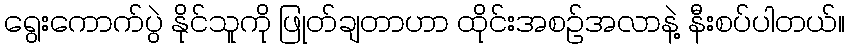
ရွေးကောက်ပွဲ နိုင်သူကို ဖြုတ်ချတာဟာ ထိုင်းအစဉ်အလာနဲ့ နီးစပ်ပါတယ်။